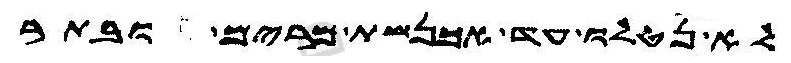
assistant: לא נטלו עד אכנשת מרים ובתר